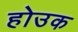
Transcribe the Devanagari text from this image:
होउक